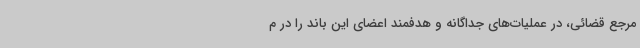
مرجع قضائی، در عملیات‌های جداگانه و هدفمند اعضای این باند را در م